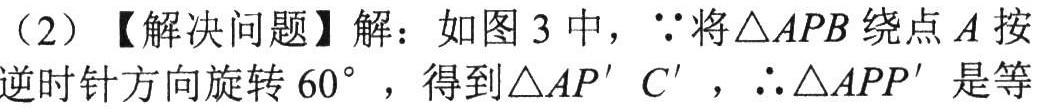
（2）【解决问题】解：如图3中，\(\because\)将\(\triangle APB\)绕点\(A\)按逆时针方向旋转\(60^{\circ}\)，得到\(\triangle AP'C'\)，\(\therefore\triangle APP'\)是等